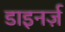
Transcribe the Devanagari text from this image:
डाइनर्ज़